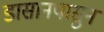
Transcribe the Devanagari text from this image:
डासानपासुन